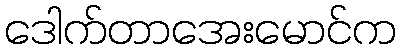
ဒေါက်တာအေးမောင်က